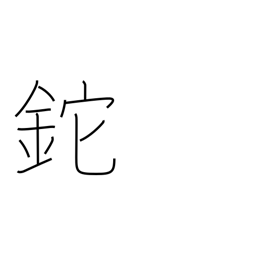
Meaning: hatchet